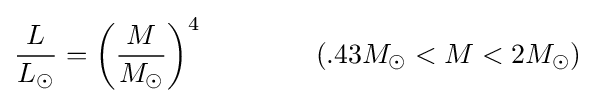
{\frac {L}{L_{\odot }}}=\left({\frac {M}{M_{\odot }}}\right)^{4}\qquad \qquad (.43M_{\odot }<M<2M_{\odot })